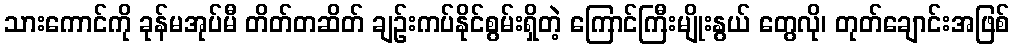
သားကောင်ကို ခုန်မအုပ်မီ တိတ်တဆိတ် ချဉ်းကပ်နိုင်စွမ်းရှိတဲ့ ကြောင်ကြီးမျိုးနွယ် တွေလို၊ တုတ်ချောင်းအဖြစ်